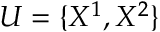
U = \{ X ^ { 1 } , X ^ { 2 } \}